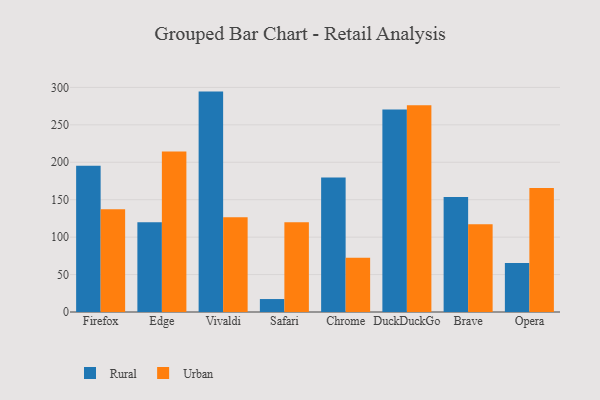
{"axis": {"x": "Browser", "y": "Backlog"}, "legend": ["Rural", "Urban"], "data": [{"x": "Firefox", "y": 195.2, "type": "Rural"}, {"x": "Firefox", "y": 137.3, "type": "Urban"}, {"x": "Edge", "y": 119.9, "type": "Rural"}, {"x": "Edge", "y": 214.5, "type": "Urban"}, {"x": "Vivaldi", "y": 294.4, "type": "Rural"}, {"x": "Vivaldi", "y": 126.4, "type": "Urban"}, {"x": "Safari", "y": 17.3, "type": "Rural"}, {"x": "Safari", "y": 119.9, "type": "Urban"}, {"x": "Chrome", "y": 179.5, "type": "Rural"}, {"x": "Chrome", "y": 72.3, "type": "Urban"}, {"x": "DuckDuckGo", "y": 270.6, "type": "Rural"}, {"x": "DuckDuckGo", "y": 276.1, "type": "Urban"}, {"x": "Brave", "y": 153.5, "type": "Rural"}, {"x": "Brave", "y": 117.1, "type": "Urban"}, {"x": "Opera", "y": 65.5, "type": "Rural"}, {"x": "Opera", "y": 165.6, "type": "Urban"}]}